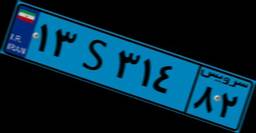
۶۸S۱۴۸۵۲